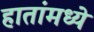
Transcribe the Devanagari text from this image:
हातांमध्ये